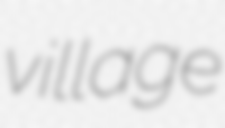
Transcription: village